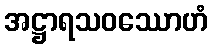
အဋ္ဌာရသဝဿောဟံ